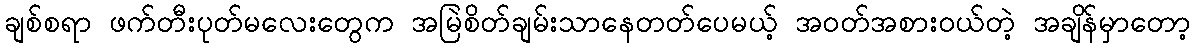
ချစ်စရာ ဖက်တီးပုတ်မလေးတွေက အမြဲစိတ်ချမ်းသာနေတတ်ပေမယ့် အဝတ်အစားဝယ်တဲ့ အချိန်မှာတော့